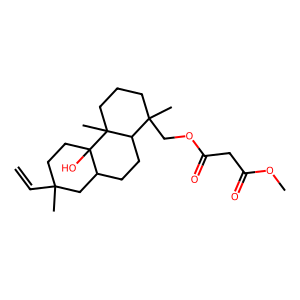
SMILES: C=CC1(C)CCC2(O)C(CCC3C(C)(COC(=O)CC(=O)OC)CCCC32C)C1
Inhibits HIV replication: No